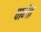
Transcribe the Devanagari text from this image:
पागेत